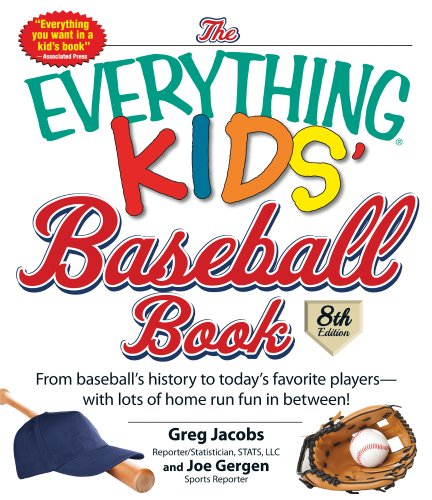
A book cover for The Everything Kids' Baseball Book: From Baseball's History to Today's Favorite Players--With Lots of Home Run Fun in Between!; Greg Jacobs; Children's Books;